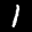
Label: 1